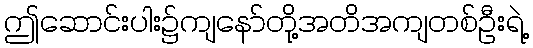
ဤဆောင်းပါး၌ကျနော်တို့အတိအကျတစ်ဦးရဲ့